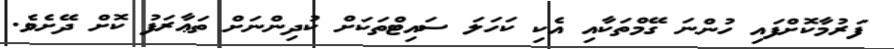
ފަރުމާކޮށްފައި ހުންނަ ގޭމްތަކާއި އެކި ކަހަލަ ސައިޓްތަކަށް ކުދިންނަށް ތަޢާރަފު ކޮށް ދޭށެވެ.